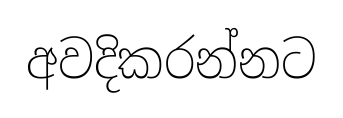
අවදිකරන්නට